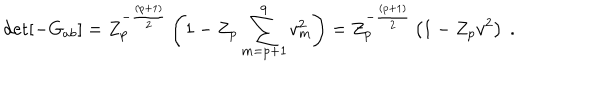
\det [ - G _ { a b } ] = Z _ { p } ^ { - { \frac { ( p + 1 ) } { 2 } } } \left( 1 - Z _ { p } \sum _ { m = p + 1 } ^ { 9 } v _ { m } ^ { 2 } \right) = Z _ { p } ^ { - { \frac { ( p + 1 ) } { 2 } } } \left( 1 - Z _ { p } v ^ { 2 } \right) \ .